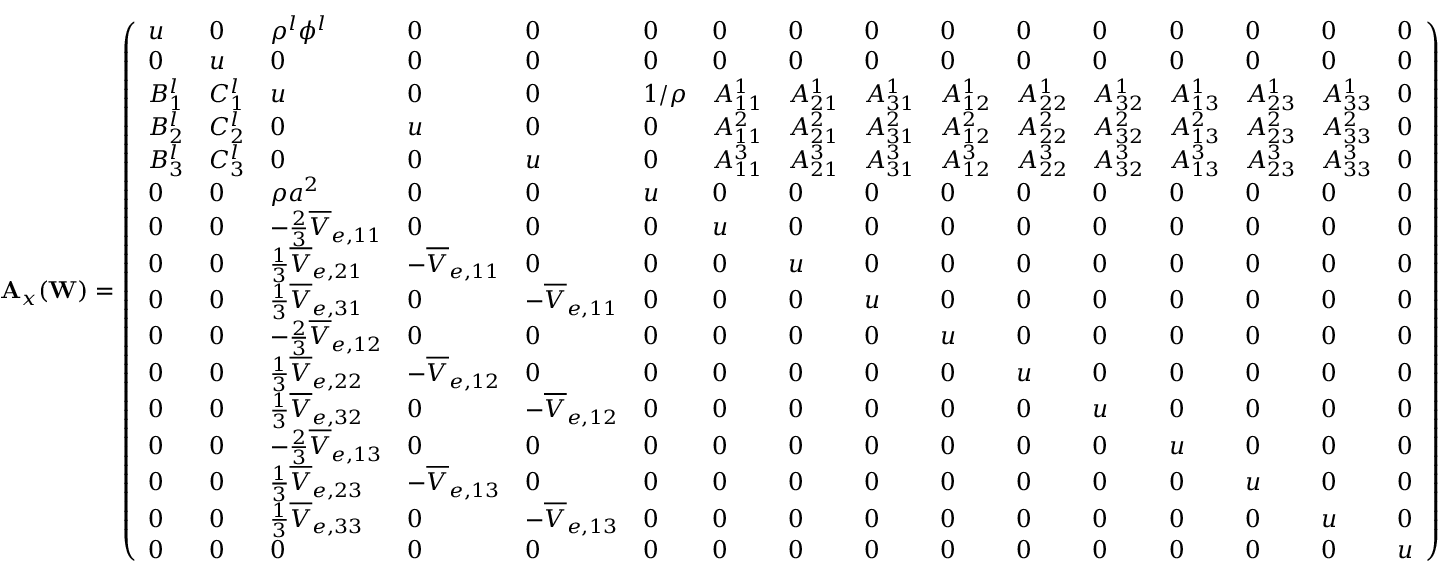
\mathbf { A } _ { x } ( \mathbf { W } ) = \left( \begin{array} { l l l l l l l l l l l l l l l l } { u } & { 0 } & { \rho ^ { l } \phi ^ { l } } & { 0 } & { 0 } & { 0 } & { 0 } & { 0 } & { 0 } & { 0 } & { 0 } & { 0 } & { 0 } & { 0 } & { 0 } & { 0 } \\ { 0 } & { u } & { 0 } & { 0 } & { 0 } & { 0 } & { 0 } & { 0 } & { 0 } & { 0 } & { 0 } & { 0 } & { 0 } & { 0 } & { 0 } & { 0 } \\ { B _ { 1 } ^ { l } } & { C _ { 1 } ^ { l } } & { u } & { 0 } & { 0 } & { 1 / \rho } & { A _ { 1 1 } ^ { 1 } } & { A _ { 2 1 } ^ { 1 } } & { A _ { 3 1 } ^ { 1 } } & { A _ { 1 2 } ^ { 1 } } & { A _ { 2 2 } ^ { 1 } } & { A _ { 3 2 } ^ { 1 } } & { A _ { 1 3 } ^ { 1 } } & { A _ { 2 3 } ^ { 1 } } & { A _ { 3 3 } ^ { 1 } } & { 0 } \\ { B _ { 2 } ^ { l } } & { C _ { 2 } ^ { l } } & { 0 } & { u } & { 0 } & { 0 } & { A _ { 1 1 } ^ { 2 } } & { A _ { 2 1 } ^ { 2 } } & { A _ { 3 1 } ^ { 2 } } & { A _ { 1 2 } ^ { 2 } } & { A _ { 2 2 } ^ { 2 } } & { A _ { 3 2 } ^ { 2 } } & { A _ { 1 3 } ^ { 2 } } & { A _ { 2 3 } ^ { 2 } } & { A _ { 3 3 } ^ { 2 } } & { 0 } \\ { B _ { 3 } ^ { l } } & { C _ { 3 } ^ { l } } & { 0 } & { 0 } & { u } & { 0 } & { A _ { 1 1 } ^ { 3 } } & { A _ { 2 1 } ^ { 3 } } & { A _ { 3 1 } ^ { 3 } } & { A _ { 1 2 } ^ { 3 } } & { A _ { 2 2 } ^ { 3 } } & { A _ { 3 2 } ^ { 3 } } & { A _ { 1 3 } ^ { 3 } } & { A _ { 2 3 } ^ { 3 } } & { A _ { 3 3 } ^ { 3 } } & { 0 } \\ { 0 } & { 0 } & { \rho a ^ { 2 } } & { 0 } & { 0 } & { u } & { 0 } & { 0 } & { 0 } & { 0 } & { 0 } & { 0 } & { 0 } & { 0 } & { 0 } & { 0 } \\ { 0 } & { 0 } & { - \frac { 2 } { 3 } \overline { { V } } _ { e , 1 1 } } & { 0 } & { 0 } & { 0 } & { u } & { 0 } & { 0 } & { 0 } & { 0 } & { 0 } & { 0 } & { 0 } & { 0 } & { 0 } \\ { 0 } & { 0 } & { \frac { 1 } { 3 } \overline { { V } } _ { e , 2 1 } } & { - \overline { { V } } _ { e , 1 1 } } & { 0 } & { 0 } & { 0 } & { u } & { 0 } & { 0 } & { 0 } & { 0 } & { 0 } & { 0 } & { 0 } & { 0 } \\ { 0 } & { 0 } & { \frac { 1 } { 3 } \overline { { V } } _ { e , 3 1 } } & { 0 } & { - \overline { { V } } _ { e , 1 1 } } & { 0 } & { 0 } & { 0 } & { u } & { 0 } & { 0 } & { 0 } & { 0 } & { 0 } & { 0 } & { 0 } \\ { 0 } & { 0 } & { - \frac { 2 } { 3 } \overline { { V } } _ { e , 1 2 } } & { 0 } & { 0 } & { 0 } & { 0 } & { 0 } & { 0 } & { u } & { 0 } & { 0 } & { 0 } & { 0 } & { 0 } & { 0 } \\ { 0 } & { 0 } & { \frac { 1 } { 3 } \overline { { V } } _ { e , 2 2 } } & { - \overline { { V } } _ { e , 1 2 } } & { 0 } & { 0 } & { 0 } & { 0 } & { 0 } & { 0 } & { u } & { 0 } & { 0 } & { 0 } & { 0 } & { 0 } \\ { 0 } & { 0 } & { \frac { 1 } { 3 } \overline { { V } } _ { e , 3 2 } } & { 0 } & { - \overline { { V } } _ { e , 1 2 } } & { 0 } & { 0 } & { 0 } & { 0 } & { 0 } & { 0 } & { u } & { 0 } & { 0 } & { 0 } & { 0 } \\ { 0 } & { 0 } & { - \frac { 2 } { 3 } \overline { { V } } _ { e , 1 3 } } & { 0 } & { 0 } & { 0 } & { 0 } & { 0 } & { 0 } & { 0 } & { 0 } & { 0 } & { u } & { 0 } & { 0 } & { 0 } \\ { 0 } & { 0 } & { \frac { 1 } { 3 } \overline { { V } } _ { e , 2 3 } } & { - \overline { { V } } _ { e , 1 3 } } & { 0 } & { 0 } & { 0 } & { 0 } & { 0 } & { 0 } & { 0 } & { 0 } & { 0 } & { u } & { 0 } & { 0 } \\ { 0 } & { 0 } & { \frac { 1 } { 3 } \overline { { V } } _ { e , 3 3 } } & { 0 } & { - \overline { { V } } _ { e , 1 3 } } & { 0 } & { 0 } & { 0 } & { 0 } & { 0 } & { 0 } & { 0 } & { 0 } & { 0 } & { u } & { 0 } \\ { 0 } & { 0 } & { 0 } & { 0 } & { 0 } & { 0 } & { 0 } & { 0 } & { 0 } & { 0 } & { 0 } & { 0 } & { 0 } & { 0 } & { 0 } & { u } \end{array} \right)